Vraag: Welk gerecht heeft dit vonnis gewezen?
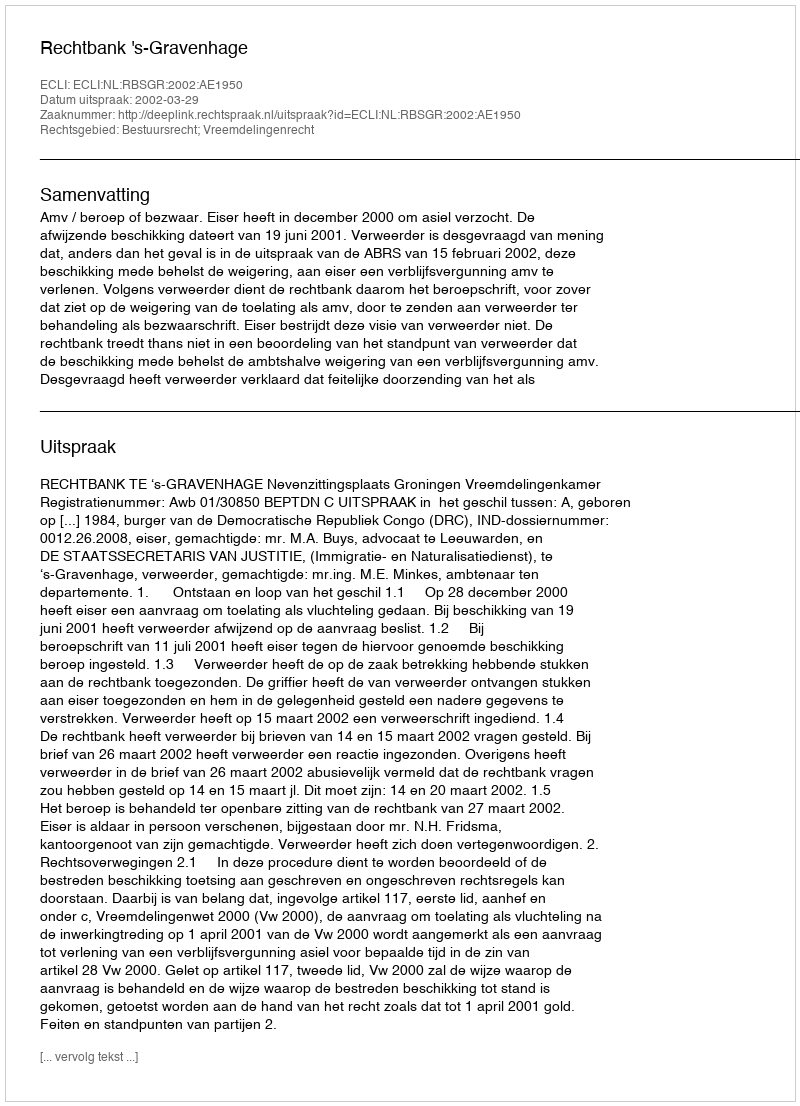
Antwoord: Rechtbank 's-Gravenhage